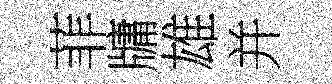
菲牗雄并